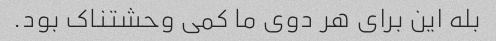
بله این برای هر دوی ما کمی وحشتناک بود.